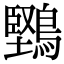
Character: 𪅤